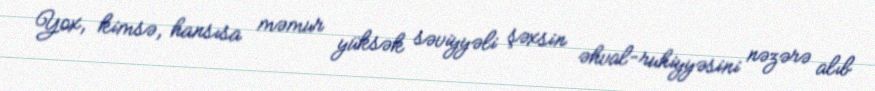
Yox, kimsə, hansısa məmur yüksək səviyyəli şəxsin əhval-ruhiyyəsini nəzərə alıb